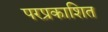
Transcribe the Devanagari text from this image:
परप्रकाशित